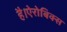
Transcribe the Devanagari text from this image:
है।ऐरोबिक्स